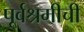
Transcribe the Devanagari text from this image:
पूर्वश्रमीची